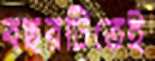
বছরটিতেই